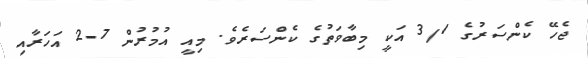
ޖެހޭ ކެންސަރުގެ 3/1 އަކީ މިބާވަތުގެ ކެންސަރެވެ. މިއީ އުމުރުން 7-2 އަހަރާއި